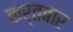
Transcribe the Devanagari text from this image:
कर्तबार